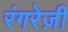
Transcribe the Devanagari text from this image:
रंगरेज़ी